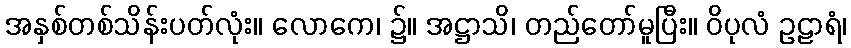
အနှစ်တစ်သိန်းပတ်လုံး။ လောကေ၊ ၌။ အဋ္ဌာသိ၊ တည်တော်မူပြီး။ ဝိပုလံ ဥဠာရံ၊